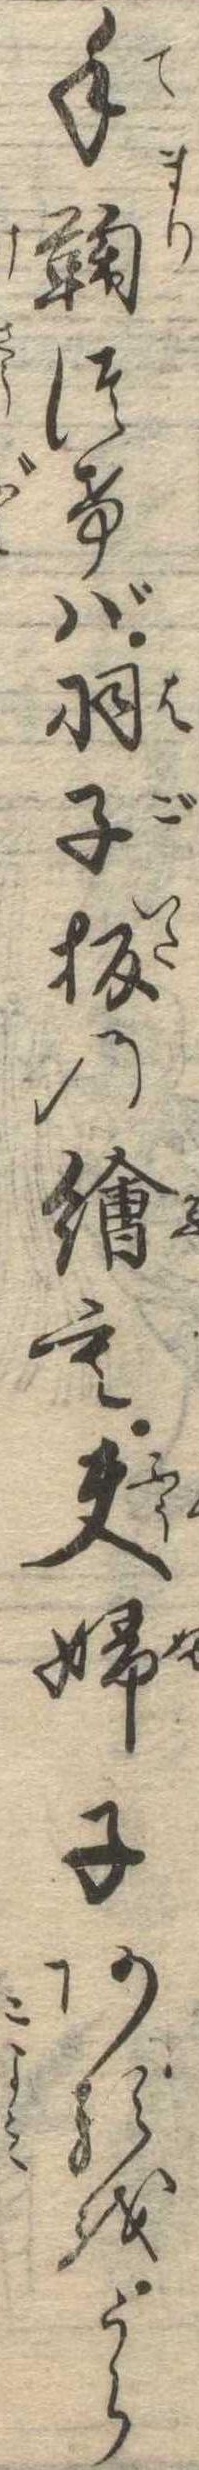
手鞠つけば羽子板の絵も夫婦子あるをうら